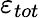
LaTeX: \varepsilon_{tot}